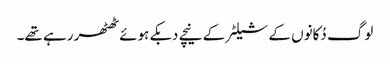
لوگ دُکانوں کے شیلٹر کے نیچے دبکے ہوئے ٹھٹھر رہے تھے۔